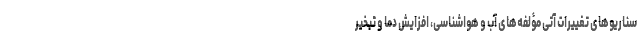
سناریوهای تغییرات آتی مؤلفه‌های آب و هواشناسی، افزایش دما و تبخیر